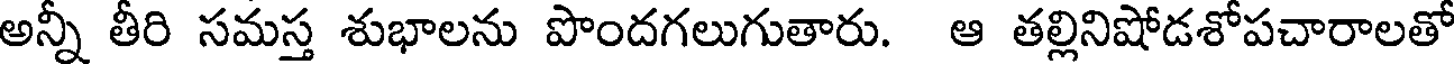
అన్నీ తీరి సమస్త శుభాలను పొందగలుగుతారు. ఆ తల్లినిషోడశోపచారాలతో